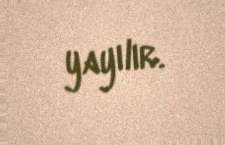
yayılır.